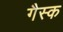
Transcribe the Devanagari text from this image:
गैस्क